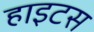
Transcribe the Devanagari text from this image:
हाइटस